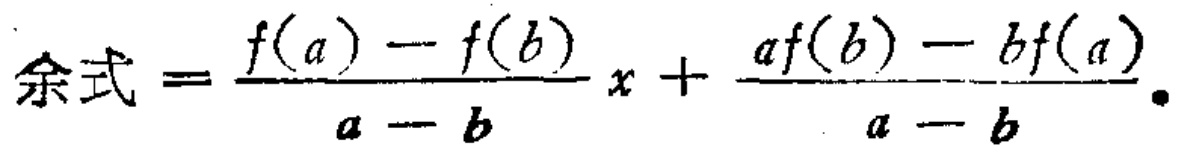
\[

\text{余式} = \frac{f(a) - f(b)}{a - b}x + \frac{af(b) - bf(a)}{a - b}.

\]